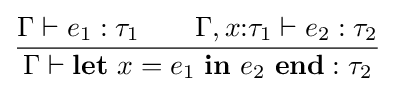
{\frac {\Gamma \vdash e_{1}:\tau _{1}\qquad \Gamma ,x{:}\tau _{1}\vdash e_{2}:\tau _{2}}{\Gamma \vdash \mathbf {let} \ x=e_{1}\ \mathbf {in} \ e_{2}\ \mathbf {end} :\tau _{2}}}